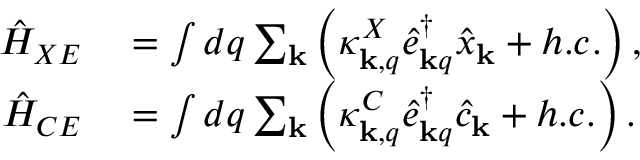
\begin{array} { r l } { \hat { H } _ { X E } } & { { } = \int d q \sum _ { \mathbf { k } } \left( \kappa _ { { \bf k } , q } ^ { X } \hat { e } _ { { \bf k } q } ^ { \dagger } \hat { x } _ { { \bf k } } + h . c . \right) , } \\ { \hat { H } _ { C E } } & { { } = \int d q \sum _ { \mathbf { k } } \left( \kappa _ { { \bf k } , q } ^ { C } \hat { e } _ { { \bf k } q } ^ { \dagger } \hat { c } _ { { \bf k } } + h . c . \right) . } \end{array}